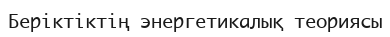
Беріктіктің энергетикалық теориясы